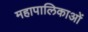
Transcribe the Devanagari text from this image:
महापालिकाओं